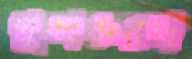
পুষ্পকরথ